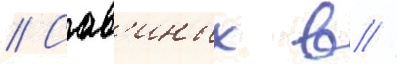
// Сав'иных в //